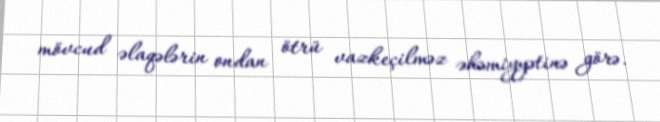
mövcud əlaqələrin ondan ötrü vazkeçilməz əhəmiyyətinə görə.